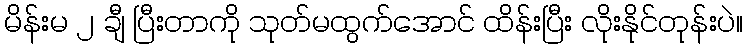
မိန်းမ ၂ ချီ ပြီးတာကို သုတ်မထွက်အောင် ထိန်းပြီး လိုးနိုင်တုန်းပဲ။